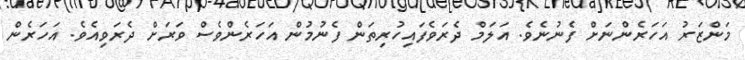
މަންޒަރު އަހަރެންނަށް ފެނުނެވެ. އަލަމް ދެރަވެފައިހުރިތަން ފެނުމުން އަހަރެންވެސް ވަރަށް ދެރަވިއެވެ. އަހަރެން